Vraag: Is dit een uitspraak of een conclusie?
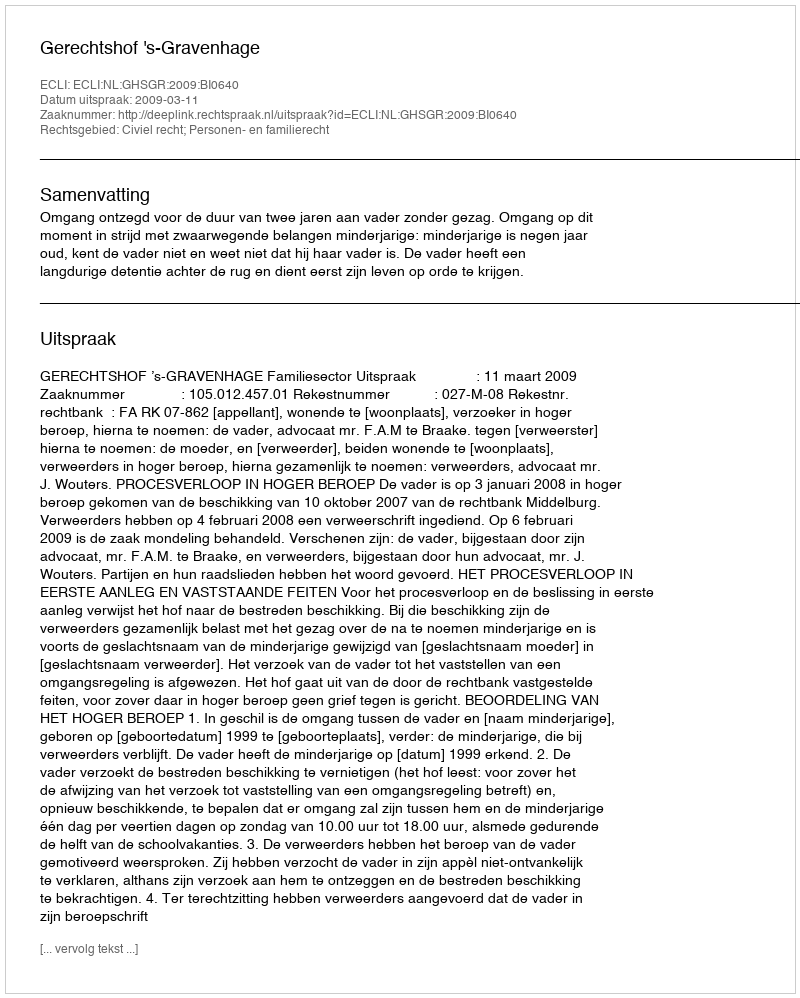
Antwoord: Uitspraak